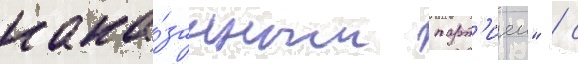
нака́занным парт'иеи" / с